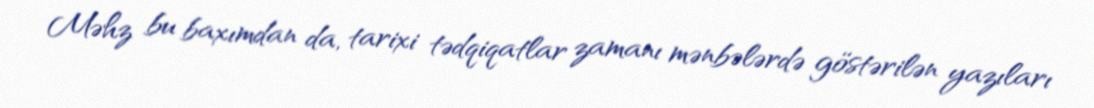
Məhz bu baxımdan da, tarixi tədqiqatlar zamanı mənbələrdə göstərilən yazıları